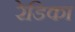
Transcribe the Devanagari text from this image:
रेडिका